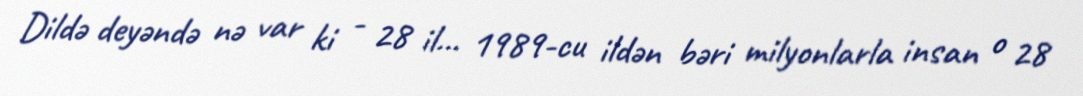
Dildə deyəndə nə var ki - 28 il... 1989-cu ildən bəri milyonlarla insan o 28